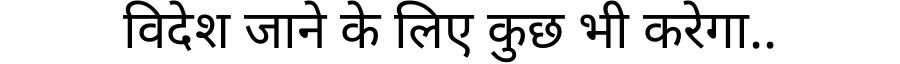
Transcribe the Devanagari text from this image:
विदेश जाने के लिए कुछ भी करेगा..